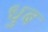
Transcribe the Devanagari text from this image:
धुब